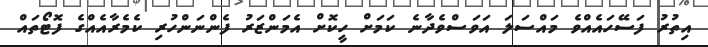
އިތުރު ފަސޭހައެއްވެ މައްސަލަ އަވަސްވެދާނެ ކަމަށް ހީކޮށް އެމަންޒަރު ފެންނަންހުރި ކެމެރާއެއްގެ ފޮޓޯތައް